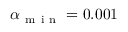
\alpha _ { \mathrm { ~ m ~ i ~ n ~ } } = 0 . 0 0 1